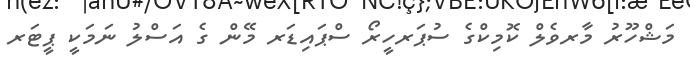
މަޝްހޫރު މާރވެލް ކޮމިކްގެ ސުޕަރހީރޯ ސްޕައިޑަރ މޭން ގެ އަސްލު ނަމަކީ ޕީޓަރ